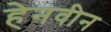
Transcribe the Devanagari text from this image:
हेनवीन